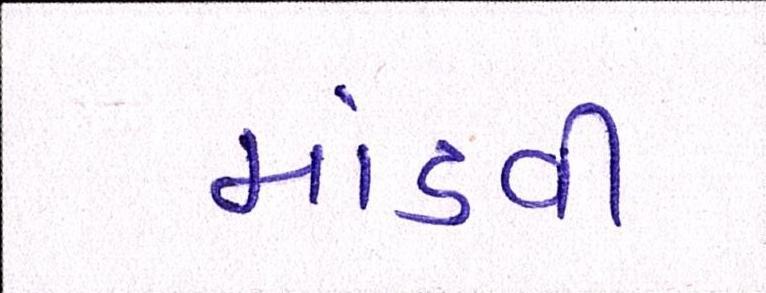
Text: માંડવી